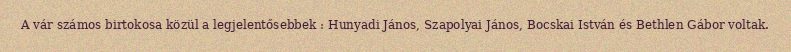
A vár számos birtokosa közül a legjelentősebbek : Hunyadi János, Szapolyai János, Bocskai István és Bethlen Gábor voltak.